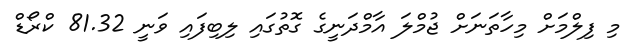
މި ފިލްމަށް މިހާތަނަށް ޖުމްލަ އާމްދަނީގެ ގޮތުގައި ލިބިފައި ވަނީ 81.32 ކްރޯޑް